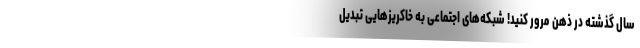
سال گذشته در ذهن مرور کنید! شبکه‌های اجتماعی به خاکریزهایی تبدیل